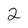
Character: 2